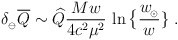
\begin{align*}\delta_{_\ominus}\overline Q\sim \widehat Q {Mw\over 4c^2\mu^2}\,\ln\big\{ {w_{\!_\odot}\over w} \} \ .\end{align*}